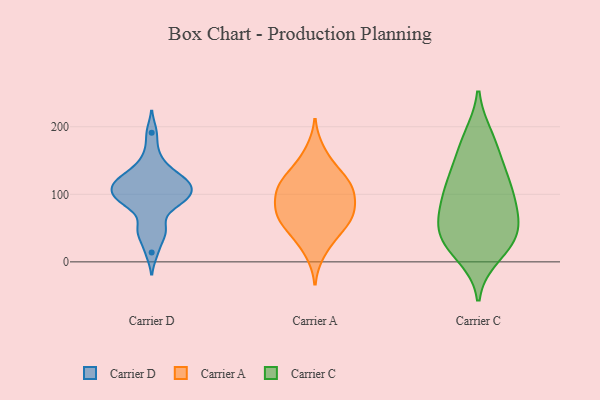
{"axis": {"x": "Revenue (USD Million)", "y": "Value"}, "legend": ["Carrier A", "Carrier C", "Carrier D"], "data": [{"x": "", "y": 86, "type": "Carrier D"}, {"x": "", "y": 125, "type": "Carrier D"}, {"x": "", "y": 115, "type": "Carrier D"}, {"x": "", "y": 94, "type": "Carrier D"}, {"x": "", "y": 113, "type": "Carrier D"}, {"x": "", "y": 114, "type": "Carrier D"}, {"x": "", "y": 43, "type": "Carrier D"}, {"x": "", "y": 139, "type": "Carrier D"}, {"x": "", "y": 42, "type": "Carrier D"}, {"x": "", "y": 14, "type": "Carrier D"}, {"x": "", "y": 191, "type": "Carrier D"}, {"x": "", "y": 126, "type": "Carrier D"}, {"x": "", "y": 102, "type": "Carrier D"}, {"x": "", "y": 116, "type": "Carrier D"}, {"x": "", "y": 55, "type": "Carrier D"}, {"x": "", "y": 96, "type": "Carrier D"}, {"x": "", "y": 92, "type": "Carrier D"}, {"x": "", "y": 85, "type": "Carrier D"}, {"x": "", "y": 158, "type": "Carrier D"}, {"x": "", "y": 106, "type": "Carrier A"}, {"x": "", "y": 36, "type": "Carrier A"}, {"x": "", "y": 115, "type": "Carrier A"}, {"x": "", "y": 94, "type": "Carrier A"}, {"x": "", "y": 60, "type": "Carrier A"}, {"x": "", "y": 144, "type": "Carrier A"}, {"x": "", "y": 14, "type": "Carrier A"}, {"x": "", "y": 121, "type": "Carrier A"}, {"x": "", "y": 117, "type": "Carrier A"}, {"x": "", "y": 164, "type": "Carrier A"}, {"x": "", "y": 62, "type": "Carrier A"}, {"x": "", "y": 67, "type": "Carrier A"}, {"x": "", "y": 82, "type": "Carrier A"}, {"x": "", "y": 86, "type": "Carrier A"}, {"x": "", "y": 47, "type": "Carrier A"}, {"x": "", "y": 72, "type": "Carrier A"}, {"x": "", "y": 118, "type": "Carrier A"}, {"x": "", "y": 25, "type": "Carrier C"}, {"x": "", "y": 133, "type": "Carrier C"}, {"x": "", "y": 50, "type": "Carrier C"}, {"x": "", "y": 51, "type": "Carrier C"}, {"x": "", "y": 185, "type": "Carrier C"}, {"x": "", "y": 86, "type": "Carrier C"}, {"x": "", "y": 115, "type": "Carrier C"}, {"x": "", "y": 114, "type": "Carrier C"}, {"x": "", "y": 29, "type": "Carrier C"}, {"x": "", "y": 54, "type": "Carrier C"}, {"x": "", "y": 10, "type": "Carrier C"}, {"x": "", "y": 180, "type": "Carrier C"}, {"x": "", "y": 149, "type": "Carrier C"}, {"x": "", "y": 88, "type": "Carrier C"}, {"x": "", "y": 87, "type": "Carrier C"}, {"x": "", "y": 33, "type": "Carrier C"}]}